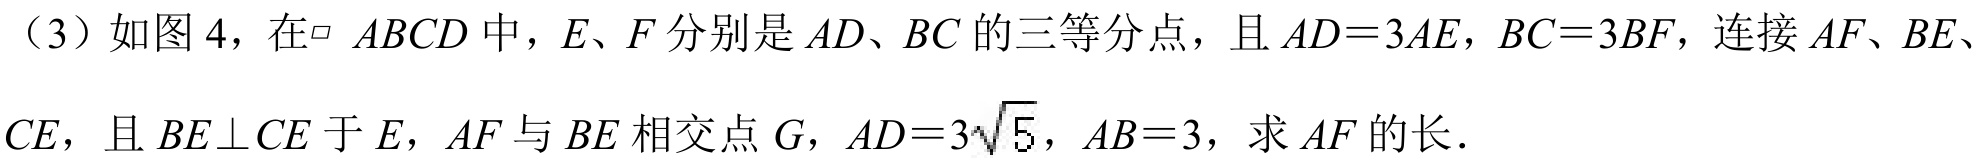
（3）如图 4，在$\parallelogram\ ABCD$ 中，$E、F$ 分别是 $AD、BC$ 的三等分点，且 $AD = 3AE$，$BC = 3BF$，连接 $AF、BE、$
$CE$，且 $BE\perp CE$ 于 $E$，$AF$ 与 $BE$ 相交点 $G$，$AD = 3\sqrt{5}$，$AB = 3$，求 $AF$ 的长．